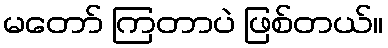
မတော် ကြတာပဲ ဖြစ်တယ်။